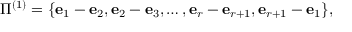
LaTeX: \Pi ^ { ( 1 ) } = \{ { \bf e } _ { 1 } - { \bf e } _ { 2 } , { \bf e } _ { 2 } - { \bf e } _ { 3 } , \ldots , { \bf e } _ { r } - { \bf e } _ { r + 1 } , { \bf e } _ { r + 1 } - { \bf e } _ { 1 } \} ,